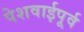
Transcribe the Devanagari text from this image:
पेशवाईपूर्व